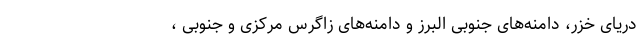
دریای خزر، دامنه‌های جنوبی البرز و دامنه‌های زاگرس مرکزی و جنوبی ،